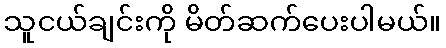
သူငယ်ချင်းကို မိတ်ဆက်ပေးပါမယ်။